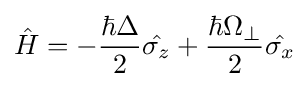
{\hat {H}}=-{\frac {\hbar \Delta }{2}}{\hat {\sigma _{z}}}+{\frac {\hbar \Omega _{\perp }}{2}}{\hat {\sigma _{x}}}